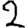
Digit: 2